Indian journal of veterinary science and animal husbandry - Volumes 28-29, 1958-1959
Year: 1958
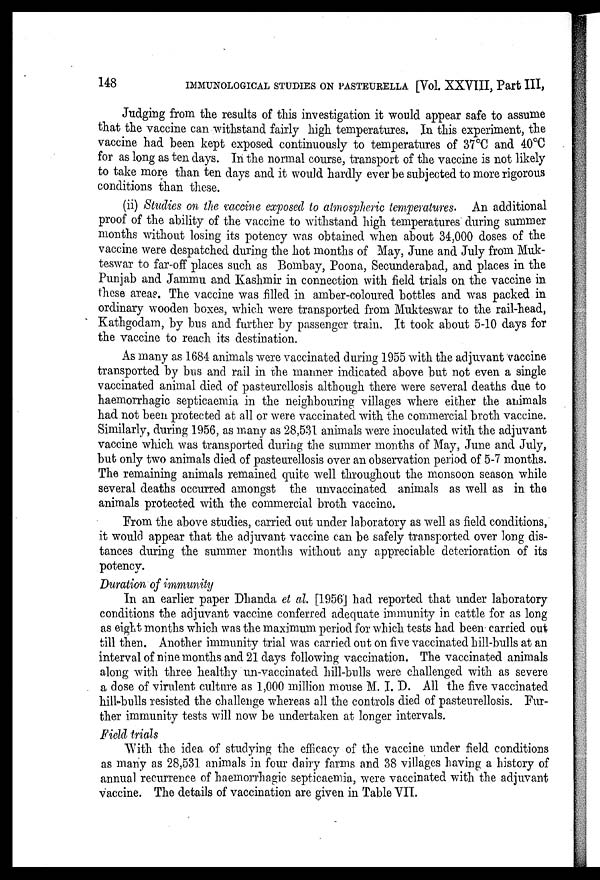
148
IMMUNOLOGICAL STUDIES ON PASTEURELLA [Vol. XXVIII, Part III,
Judging from the results of this investigation it would appear safe to assume
that the vaccine can withstand fairly high temperatures. In this experiment, the
vaccine had been kept exposed continuously to temperatures of 37°C and 40°C
for as long as ten days. In the normal course, transport of the vaccine is not likely
to take more than ten days and it would hardly ever be subjected to more rigorous
conditions than these.
(ii) Studies on the vaccine exposed to atmospheric temperatures. An additional
proof of the ability of the vaccine to withstand high temperatures during summer
months without losing its potency was obtained when about 34,000 doses of the
vaccine were despatched during the hot months of May, June and July from Muk-
teswar to far-off places such as Bombay, Poona, Secunderabad, and places in the
Punjab and Jammu and Kashmir in connection with field trials on the vaccine in
these areas. The vaccine was filled in amber-coloured bottles and was packed in
ordinary wooden boxes, which were transported from Mukteswar to the rail-head,
Kathgodam, by bus and further by passenger train. It took about 5-10 days for
the vaccine to reach its destination.
As many as 1684- animals were vaccinated during 1955 with the adjuvant vaccine
transported by bus and rail in the manner indicated above but not even a single
vaccinated animal died of pasteurellosis although there were several deaths due to
haemorrhagic septicaemia in the neighbouring villages where either the animals
had not been protected at all or were vaccinated with the commercial broth vaccine.
Similarly, during 1956, as many as 28,531 animals were inoculated with the adjuvant
vaccine which was transported during the summer months of May, June and July,
but only two animals died of pasteurellosis over an observation period of 5-7 months.
The remaining animals remained quite well throughout the monsoon season while
several deaths occurred amongst the unvaccinated animals as well as in the
animals protected with the commercial broth vaccine,
From the above studies, carried out under laboratory as well as field conditions,
it would appear that the adjuvant vaccine can be safely transported over long dis-
tances during the summer months without any appreciable deterioration of its
potency.
Duration of immunity
In an earlier paper Dhanda et al. [1956] had reported that under laboratory
conditions the adjuvant vaccine conferred adequate immunity in cattle for as long
as eight months which was the maximum period for which tests had been carried out
till then. Another immunity trial was carried out on five vaccinated hill-bulls at an
interval of nine months and 21 days following vaccination. The vaccinated animals
along with three healthy un-vaccinated hill-bulls were challenged with as severe
a dose of virulent culture as 1,000 million mouse M. I. D. All the five vaccinated
hill-bulls resisted the challenge whereas all the controls died of pasteurellosis. Fur-
ther immunity tests will now be undertaken at longer intervals.
Field trials
With the idea of studying the efficacy of the vaccine under field conditions
as many as 28,531 animals in four dairy farms and 38 villages having a history of
annual recurrence of haemorrhagic septicaemia, were vaccinated with the adjuvant
vaccine. The details of vaccination are given in Table VII.